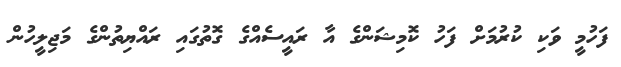
ފަހުމީ ވަކި ކުރުމަށް ފަހު ކޮމިޝަންގެ އާ ރައީސެއްގެ ގޮތުގައި ރައްޔިތުންގެ މަޖިލީހުން